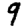
Digit: 9